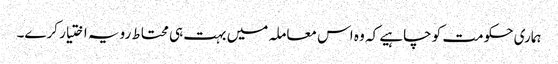
ہماری حکومت کو چاہیے کہ وہ اس معاملہ میں بہت ہی محتاط رویہ اختیار کرے۔